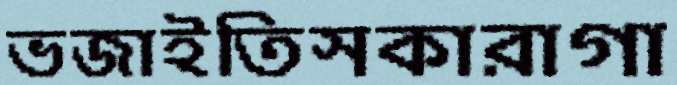
ভজাইতিসকারাগা